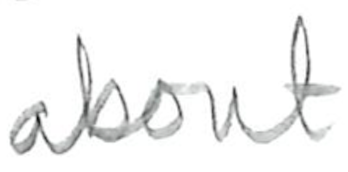
Text: about
Cross-out: clean
Writing tool: pencil